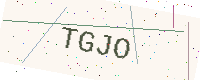
Text: TGJO